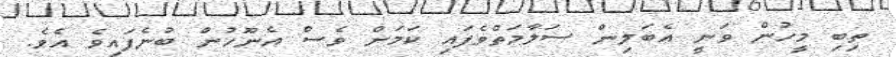
ތިބި މީހުން ވަނީ އެބަލިން ސަލާމަތްވެފައި ކަމަށް ވެސް އެނޫހުން ބުނެފައިވެ އެވެ.